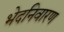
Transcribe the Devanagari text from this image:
भेदनिवारण